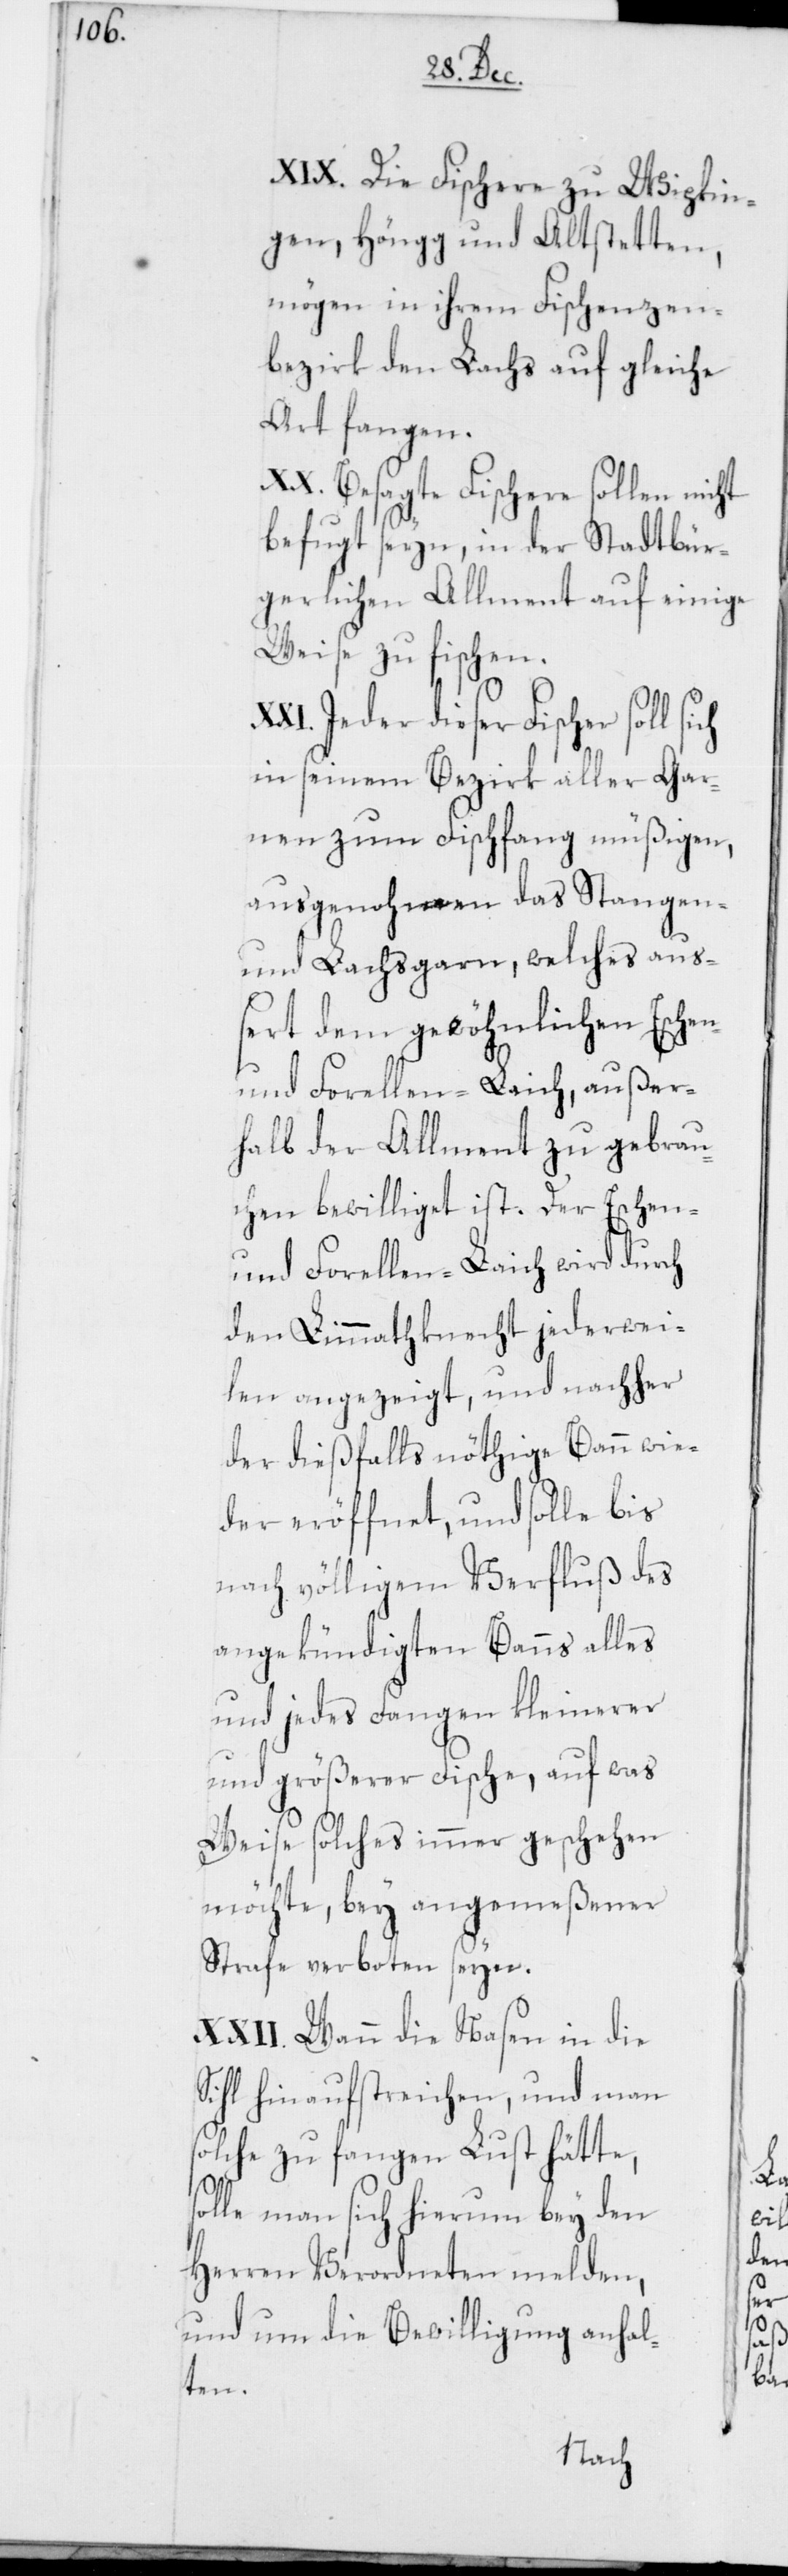
XIX. Die Fischere zu Wipkin¬
gen, Höngg und Altstetten,
mögen in ihrem Fischenzen¬
bezirk den Lachs auf gleiche
Art fangen.
XX. Besagte Fischere sollen nicht
befugt seyn, in der Stadtbür¬
gerlichen Allment auf einige
Weise zu fischen.
XXI. Jeder dieser Fischer soll
in seinem Bezirk aller Gar¬
nen zum Fischfang müßigen,
ausgenohmen das Stangen-
und Lachsgarn, welches au¬
ßert dem gewöhnlichen Eschen-
und Forellen-Laich, außer¬
halb der Allment zu gebrau¬
chen bewilliget ist. Der Eschen-
und Forellen-Laich wird durch
den Limmathknecht jederwei¬
len angezeigt, und nachher
der dießfalls nöthige Bann wie¬
der eröffnet, und solle bis
nach völligem Verfluß des
angekündigten Banns alles
und jedes Fangen kleinerer
und größerer Fische, auf was
Weise solches immer geschehen
möchte, bey angemeßener
Strafe verboten seyn.
XXII. Wann die Nasen in die
Sihl hinaufstreichen, und man
solche zu fangen Lust hätte,
solle man sich hierum bey den
Herren Verordneten melden,
und um die Bewilligung anhal¬
ten.